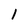
Character: 1